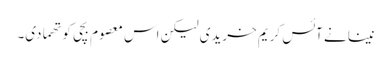
نینا نے آئس کریم خریدی لیکن اس معصوم بچی کو تھما دی۔